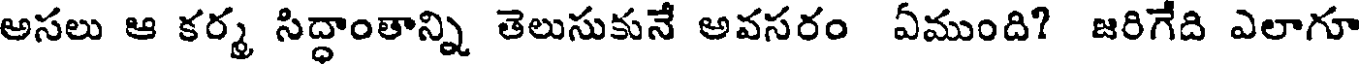
అసలు ఆ కర్మ సిద్ధాంతాన్ని తెలుసుకునే అవసరం ఏముంది? జరిగేది ఎలాగూ